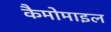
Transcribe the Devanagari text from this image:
कैमोमाइल